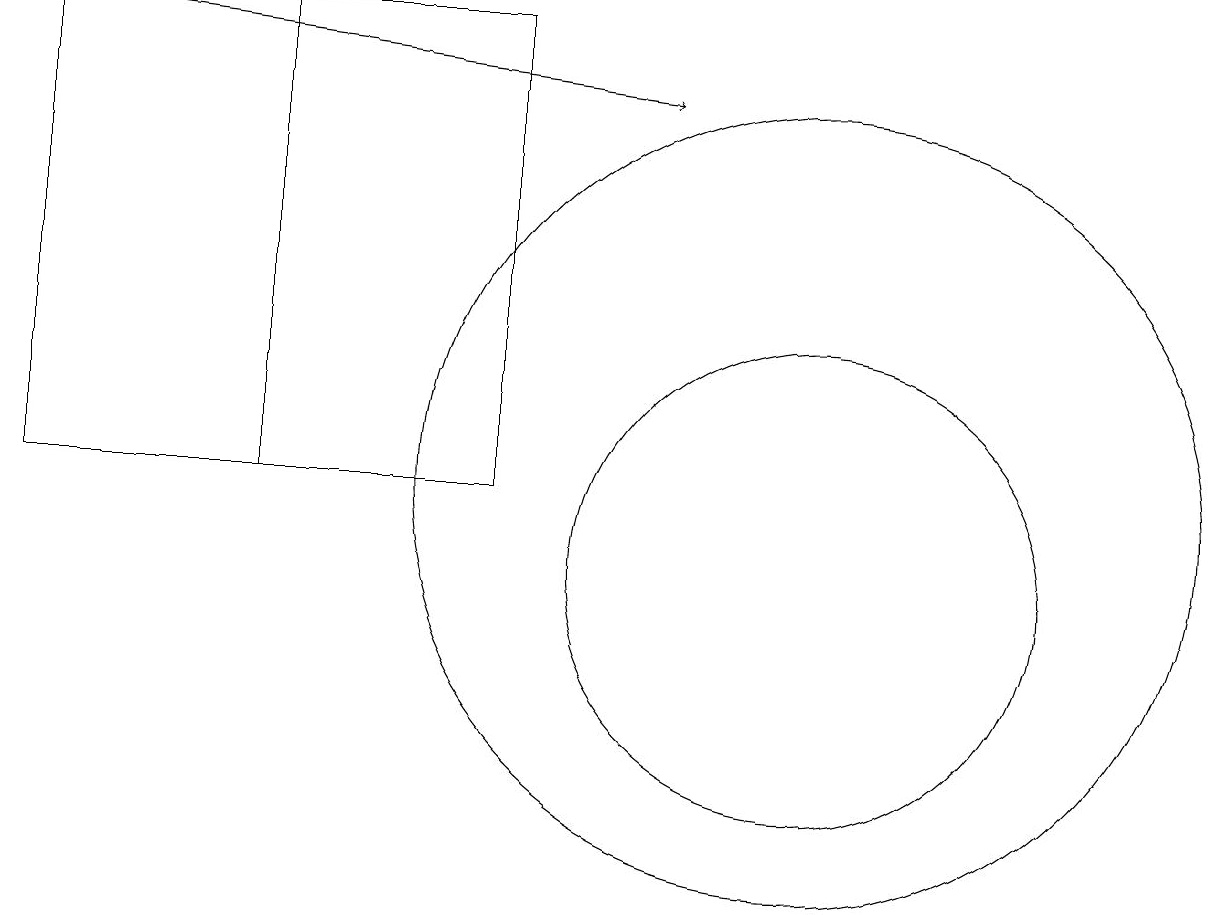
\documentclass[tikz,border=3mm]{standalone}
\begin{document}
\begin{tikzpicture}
\draw (10,11) circle (5);
\draw (3,11) rectangle (0,17);
\draw (10,10) circle (3);
\draw (0,17) rectangle (6,11);
\draw[->] (0,17) -- (8,16);
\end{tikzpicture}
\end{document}